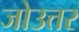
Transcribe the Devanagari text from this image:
जोउत्तर